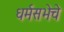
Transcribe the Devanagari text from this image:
धर्मसभेचे